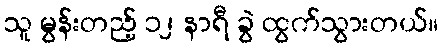
သူ မွန်းတည့် ၁၂ နာရီ ခွဲ ထွက်သွားတယ်။